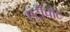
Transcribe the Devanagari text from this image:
एंट्रीपोट